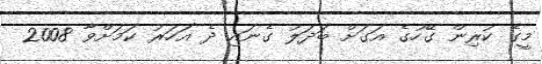
މީގެ ކުރިން ގޭހުގެ އަގަށް ބަދަލު ގެނައި ދެ އަހަރު ކަމަށްވާ 2008